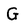
Character: G